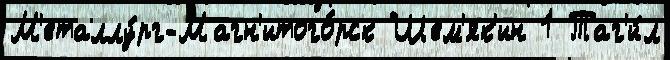
М'еталлу́рг-Магн'итого́рск Шем'як'ин 1 Таг'и́л